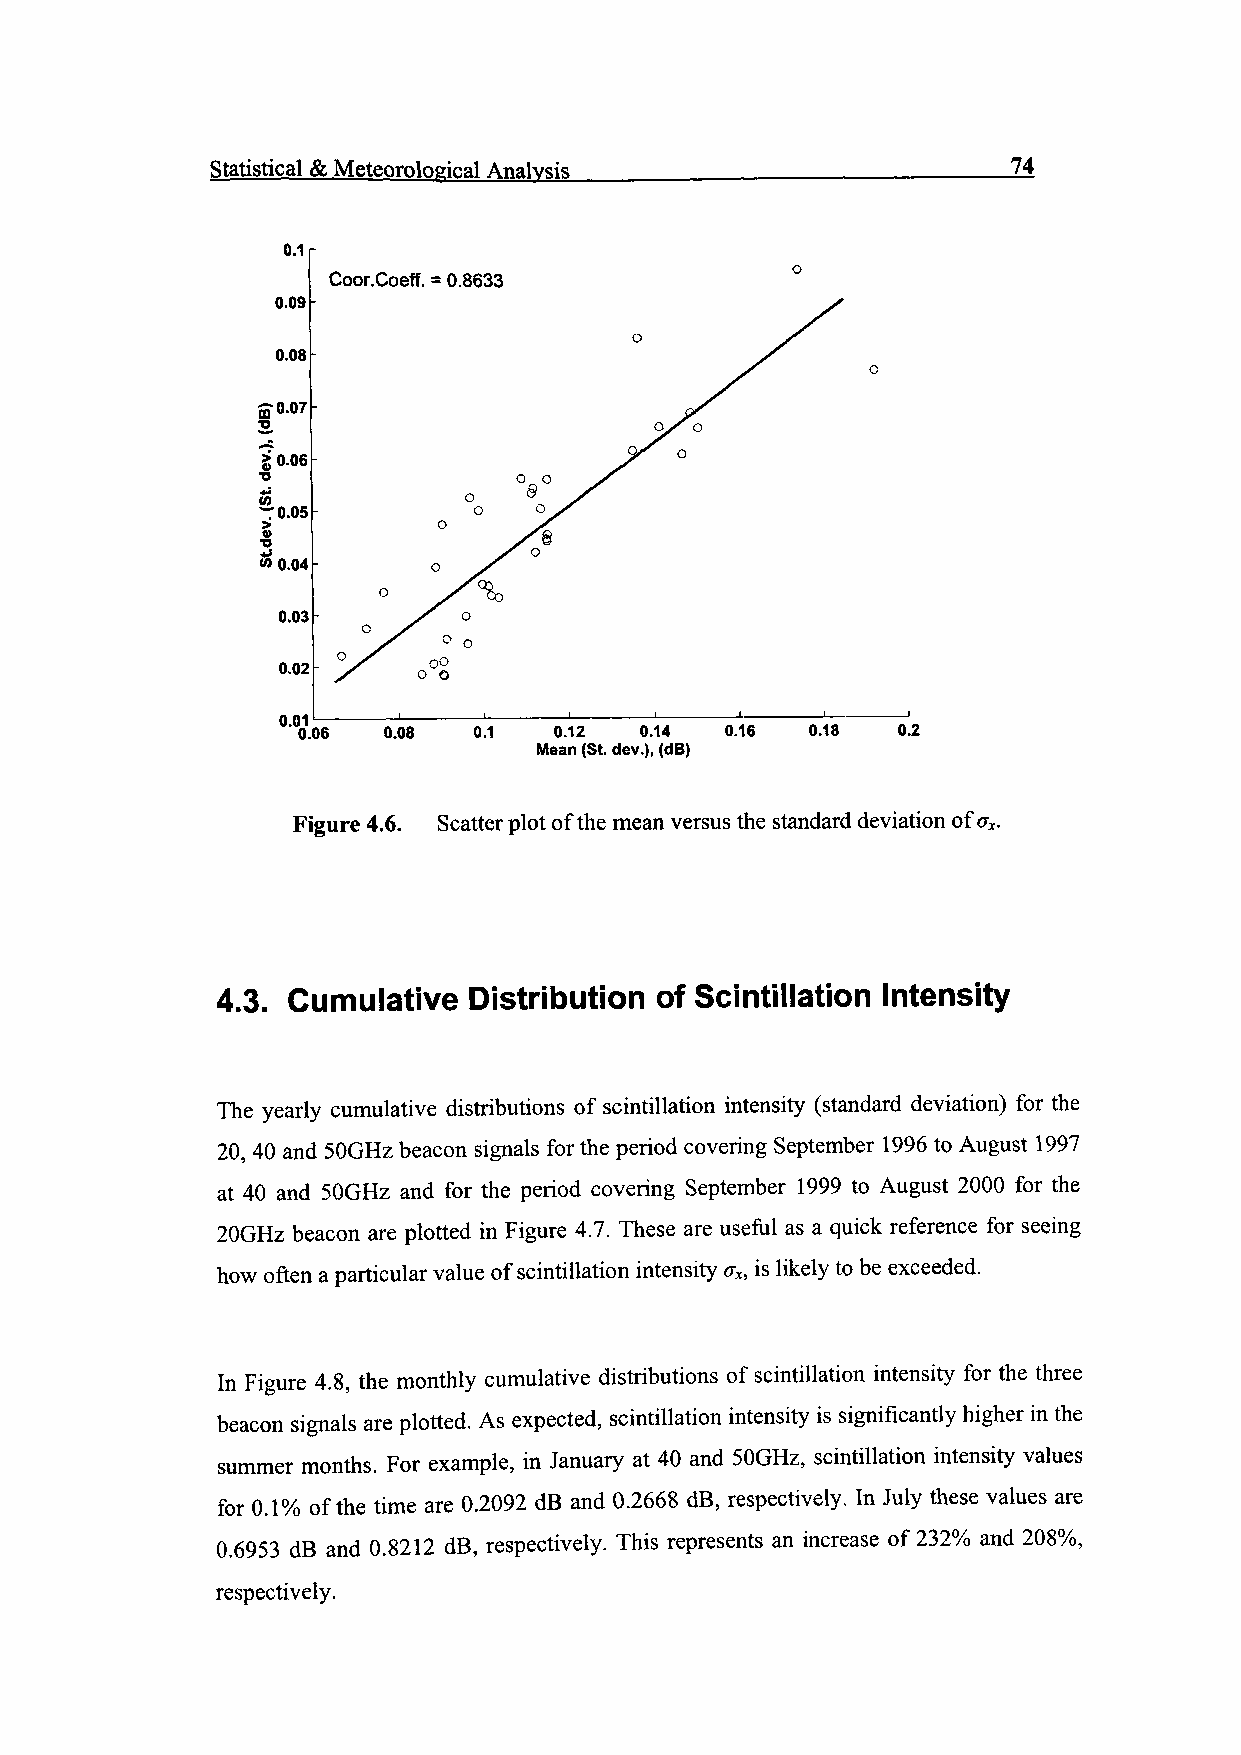
Statistical & Meteorological Analysis                74
 0.1
 Coor.Coeff. = 0.8633
 0.09
 0.08
 ffO.07
 2.
 §j 0.06
 sj
 rO.05
 WQ.04
 0.03
 0.02
 0.01
 0.06 0.08  0.1   0.12 0.14  0.16 0.18  0.2
 Mean (St. dev.), (dB)
 Figure 4.6. Scatter plot of the mean versus the standard deviation of ax.
 4.3. Cumulative  Distribution of Scintillation Intensity
 The yearly cumulative distributions of scintillation intensity (standard deviation) for the
 20, 40 and 50GHz beacon signals for the period covering September 1996 to August 1997
 at 40 and SOGHz and for the period covering September 1999 to August 2000 for the
 20GHz beacon are plotted in Figure 4.7. These are useful as a quick reference for seeing
 how often a particular value of scintillation intensity ax, is likely to be exceeded.
 In Figure 4.8, the monthly cumulative distributions of scintillation intensity for the three
 beacon signals are plotted. As expected, scintillation intensity is significantly higher in the
 summer months. For example, in January at 40 and SOGHz, scintillation intensity values
 for 0.1% of the time are 0.2092 dB and 0.2668 dB, respectively. In July these values are
 0.6953 dB and 0.8212 dB, respectively. This represents an increase of 232% and 208%,
 respectively.